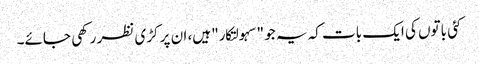
کئی باتوں کی ایک بات کہ یہ جو "سہولتکار" ہیں، ان پر کڑی نظر رکھی جائے۔